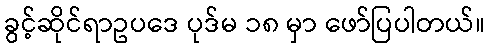
ခွင့်ဆိုင်ရာဥပဒေ ပုဒ်မ ၁၈ မှာ ဖော်ပြပါတယ်။